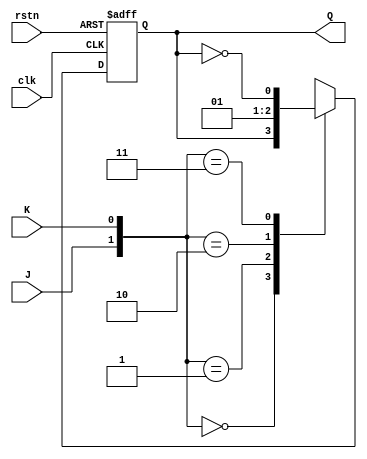
module jk_ff(
  input J,
  input K,
  input clk,
  input rstn,
  output reg Q
);

always @(negedge clk or negedge rstn)
begin
  if (~rstn) begin
    Q <= 1'b0;
  end else begin
    case ({J, K})
      2'b00: Q <= Q;
      2'b01: Q <= 1'b0;
      2'b10: Q <= 1'b1;
      2'b11: Q <= ~Q;
    endcase
  end
end

endmodule